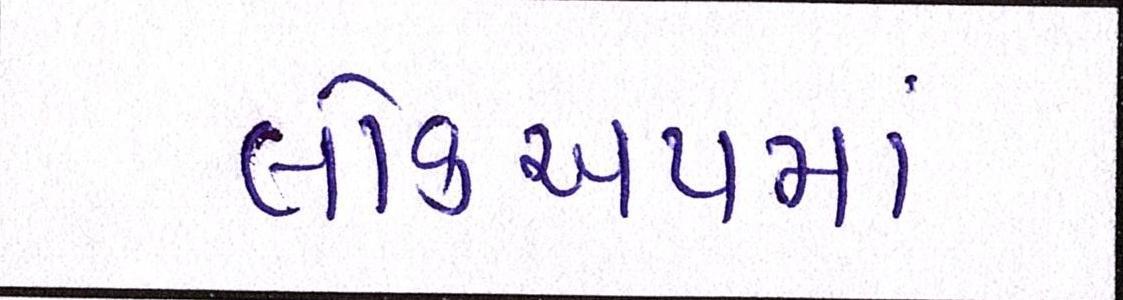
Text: લોકઅપમાં